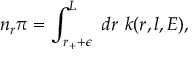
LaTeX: n _ { r } \pi = \int _ { r _ { + } + \epsilon } ^ { L } ~ d r ~ k ( r , l , E ) ,